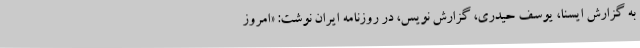
به گزارش ایسنا، یوسف حیدری، گزارش نویس، در روزنامه ایران نوشت: «امروز